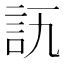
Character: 𧥭